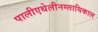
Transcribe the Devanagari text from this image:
पालीएथेलीनग्लायिकाल